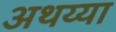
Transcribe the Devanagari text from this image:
अथय्या